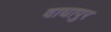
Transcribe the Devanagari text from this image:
वाघापुर